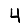
Digit: 4